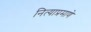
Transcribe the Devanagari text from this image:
नित्याप्रमाणे